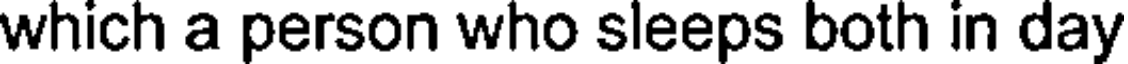
which a person who sleeps both in day